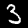
Digit: 3